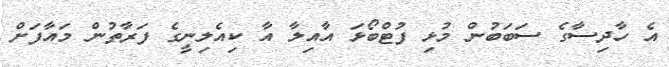
އެ ހާދިސާގެ ސަބަބުން މުޅި ފުޓްބޯޅަ އާއިލާ އާ ކިއެލިނީގެ ފަރާތުން މައާފަށް